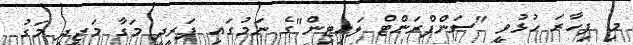
މި ފިހާރަ ހުޅުވީ "ސަންފްރަންޓް ލައިޓިން"ގެ ނަމުގައި ފަރީދީ މަގާ މަޖީދީ މަގު